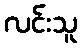
လင်းသူ